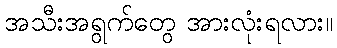
အသီးအရွက်တွေ အားလုံးရလား။